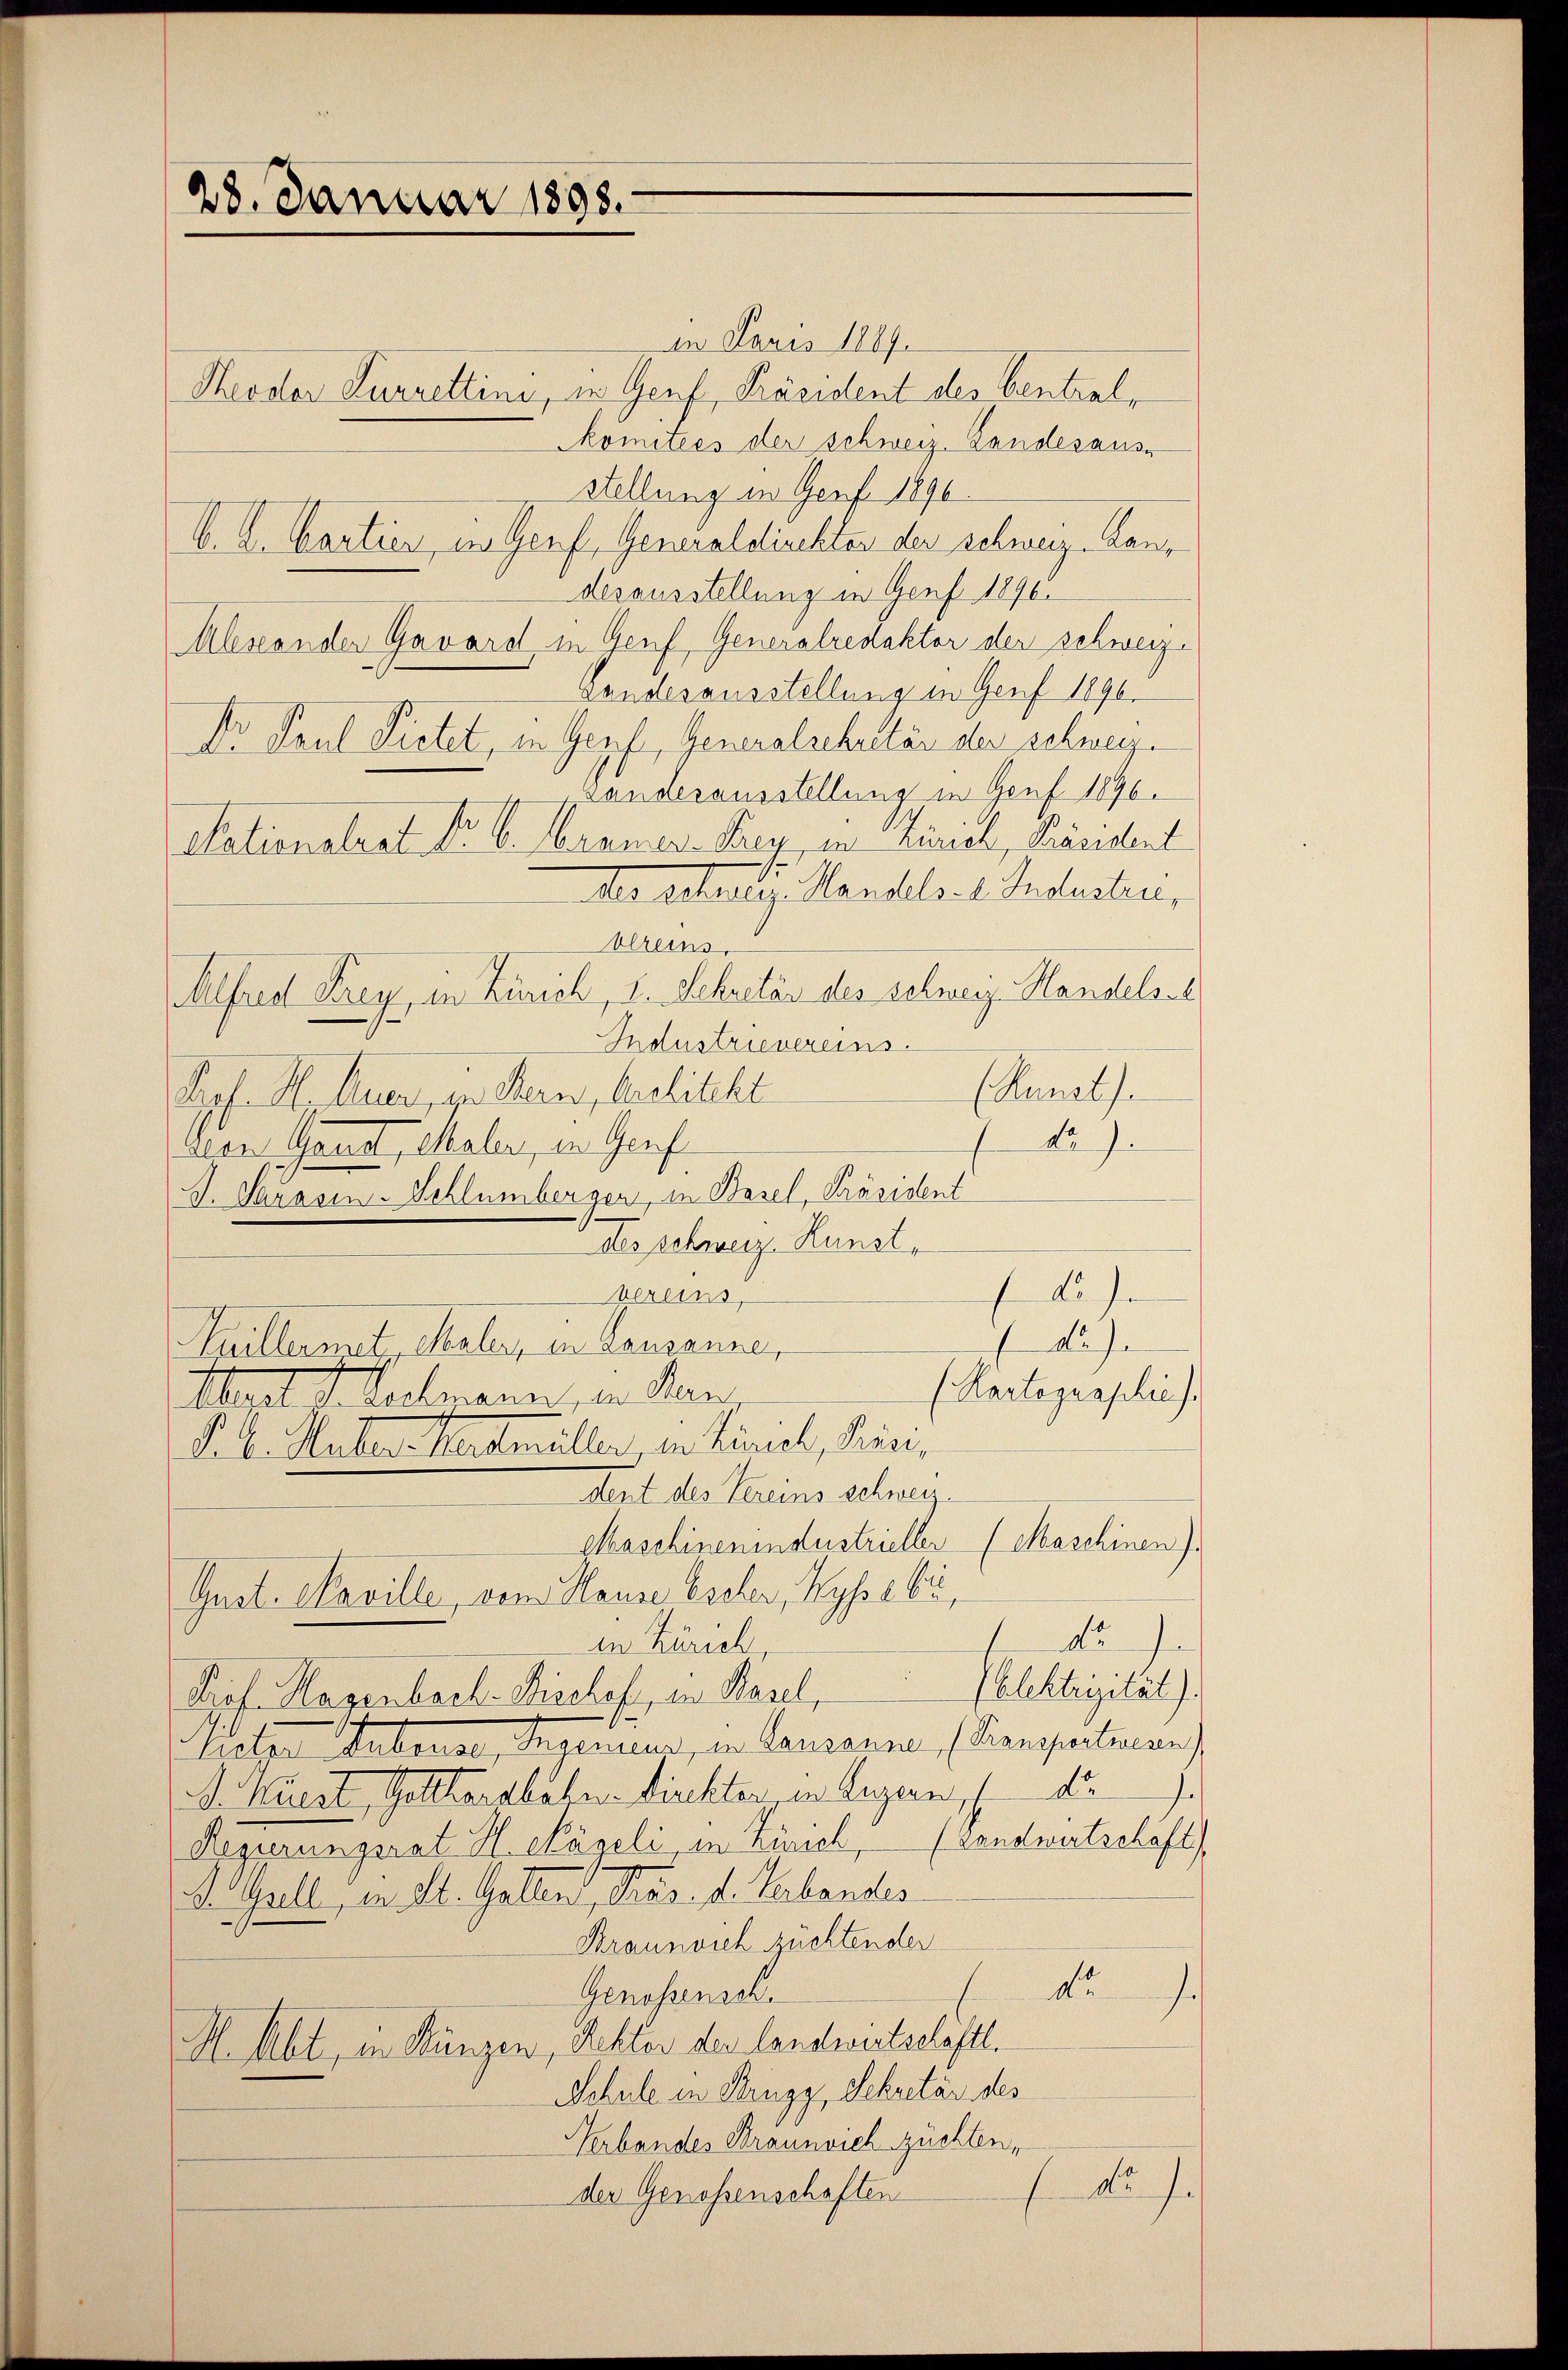
28. Januar 1898.

1 Janis 1889.
Theodor Furrettini, in Genf, Präsident des Central¬
Komitées der schweiz. Landesauss
stellung in Genf 1890.
b. L. Cartier, in Genf, Generaldirektor der schweiz. Landesausstellung in Genf 1890.
Alestander Gavard in Genf, Generalredaktor der schweiz.
Landesausstellung in Genf 1890.
Dr Paul Pietet, in Genf, Generalschretär der schwei
Landerausstellung in Genf 1896.
Stationalrat Dr. C. Cramer-Prey, in Zürich, Präsident
Der schweilig Handels- 1. Indesten,
blreins.
Alfredt Frey, in Zürich, I. Sekretär des schweiz. Handelse
Industrievereins.
(Runath.
Prof. H. Auer, in Bern, Architekt
No.
aron Gandt, Maler, in Genf
J. Sarosen-Schlümbergen, in Basel, Präsident
des schweiz. Kunst,
)
vereins,
de
Guillermetz, Maler, in Lausanne,
(Kartographie).
Mart Stadtmann, ein Man
Poll. Maters herdmüller in Liniel, hin,
dent des Vereins schwei
Maschinenindustrieller (Maschinen).
Gust. Naville, vom Hause Escher, Kyssa bi
de
in Zürich,
(blektrizität).
Prof. Klagenbach Kirchef, in Basel,
Victor Anbause, Segenuer, in Consenne, (Konsentian
da
A. Kaiest, Gotteralelen dickter in Luzern
Regierungsrat H. Nägeli, in Zürich, (Landwirtschafts
F. Gall, in St. Gatten, Sus. d. Verbandes
Kraussich züchtender
de
.
Genossensch.
H. Abt, in Kunzen, Rektor der landwirtschäftl.
Schule in Brugg, Sekretär des
Verbandes Braunsich rückten,
de J.
.
der Genossenschaften